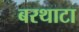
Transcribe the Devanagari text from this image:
बरथाटा